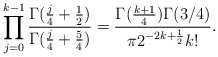
\begin{align*}\prod_{j=0}^{k-1}\frac{\Gamma(\frac{j}{4}+\frac{1}{2})}{\Gamma(\frac{j}{4}+\frac{5}{4})}= \frac{\Gamma(\frac{k+1}{4})\Gamma(3/4)}{\pi 2^{-2k+\frac{1}{2}} k!}.\end{align*}